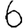
Digit: 6